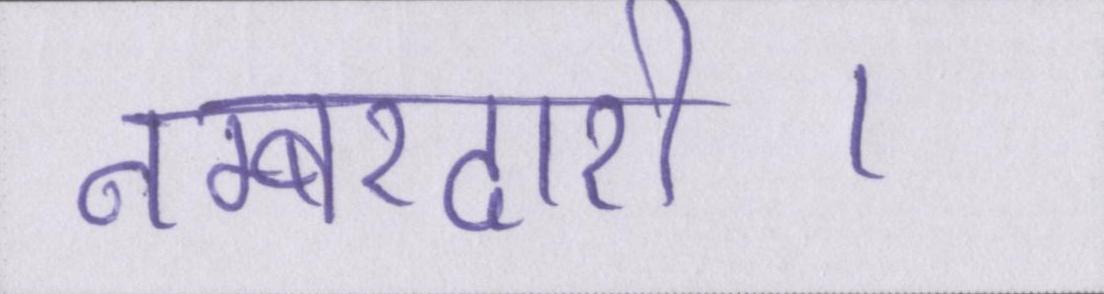
नम्बरदारी।